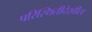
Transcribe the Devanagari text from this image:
परिस्थितीदेखील